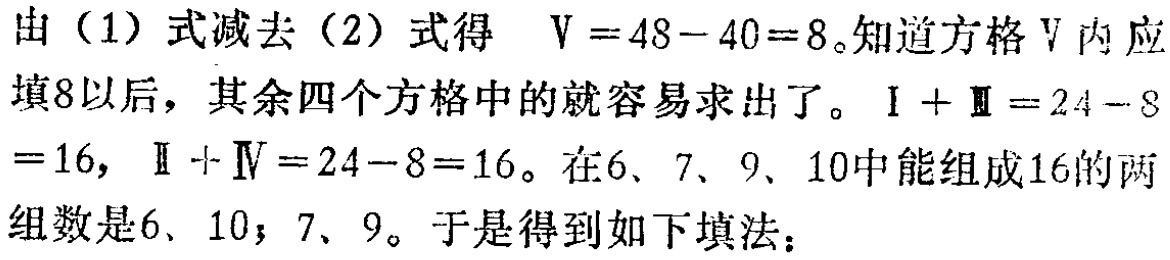
由（1）式减去（2）式得 \(V = 48 - 40 = 8\)。知道方格 \(V\) 内应填8以后，其余四个方格中的就容易求出了。\(I + Ⅲ=24 - 8 = 16\)，\(Ⅱ + Ⅳ=24 - 8 = 16\)。在6、7、9、10中能组成16的两组数是6、10；7、9。于是得到如下填法：